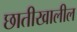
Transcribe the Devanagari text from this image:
छातीखालील